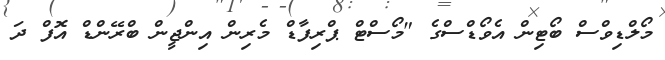
މޯލްޑިވްސް ބޯޓިން އެވޯޑްސްގެ "މޯސްޓް ޕްރިފާޑް މެރިން އިންޖީން ބްރޭންޑް އޮފް ދަ